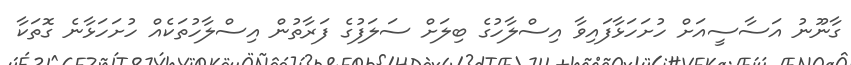
ގާނޫނު އަސާސީއަށް ހުށަހަޅާފައިވާ އިސްލާހުގެ ބިލަށް ސަލަފުގެ ފަރާތުން އިސްލާހުތަކެއް ހުށަހަޅާނެ ގޮތަކާ